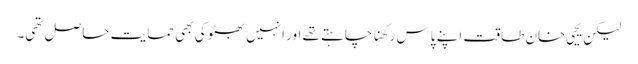
لیکن یحیی خان طاقت اپنے پاس رکھنا چاہتے تھے اور انہیں بھٹو کی بھی حمایت حاصل تھی۔